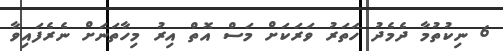
6 ނިކުތުމާ ދެމެދު ހަތަރު ވަރަކަށް މަސް އޮތް އިރު މިހާތަނަށް ނެރެފައިވާ